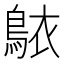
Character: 𬷐